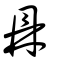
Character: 鼎